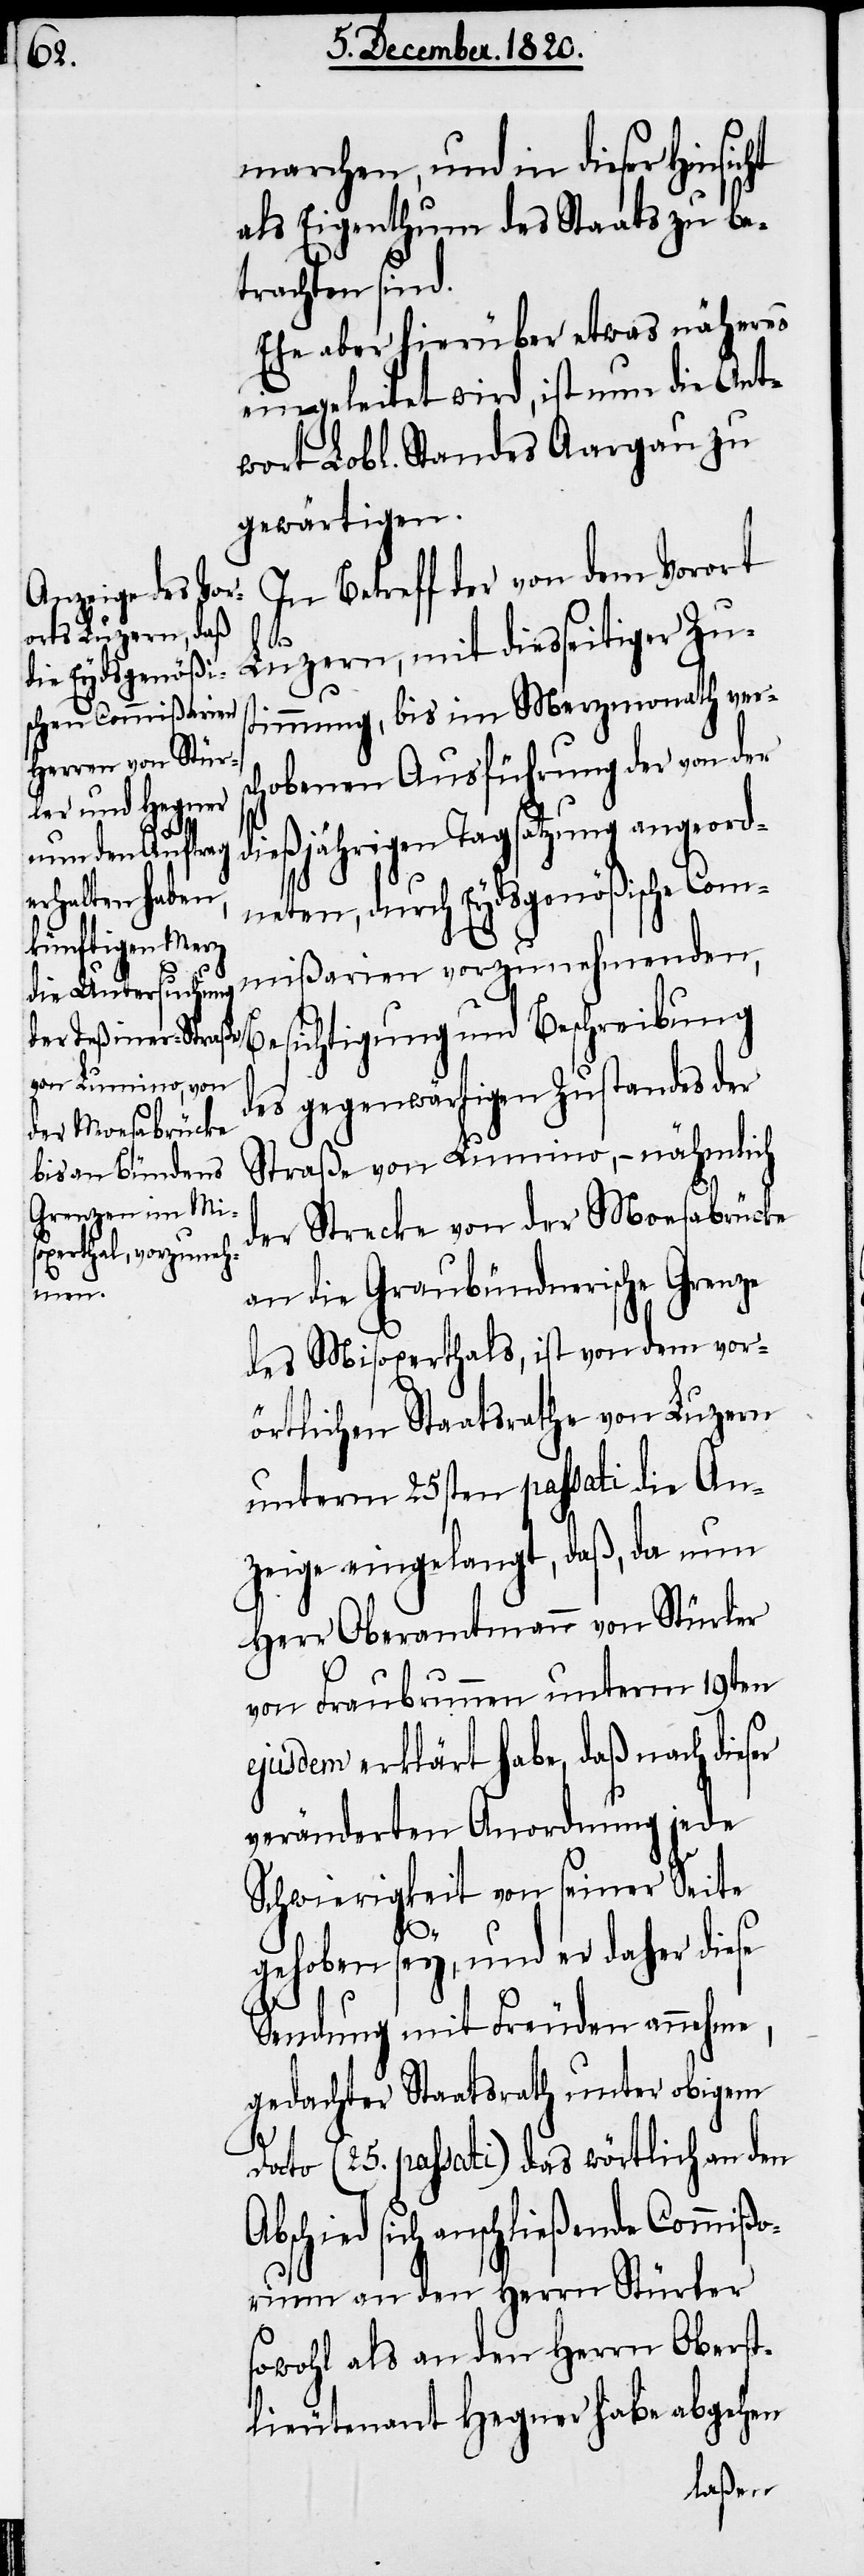
marchen, und in dieser Hinsicht
als Eigenthum des Staats zu be¬
trachten sind.
Ehe aber hierüber etwas näheres
eingeleitet wird, ist nun die Ant¬
wort Lobl. Standes Aargau zu
gewärtigen.
In Betreff von dem Vorort
orium
Luzern, mit diesseitiger Zus¬
timmung, bis im Merzmonath vers¬
chobenen Ausführung der von der
dießjährigen Tagsatzung angeord¬
neten, durch Eydsgenößischen Com¬
mißarien vorzunehmenden,
Besichtigung und Beschreibung
des gegenwärtigen Zustandes der
Straße von Lumino, – nähmlich
der Strecke von der Monsabrücke
an die Graubündnerische Grenze
des Misoxerthals, ist von dem vor¬
örtlichen Staatsrathe von Luzern
unterm 25sten passati die An¬
zeige eingelangt, daß, da nun
Herr Oberamtmann von Stürler
von Fraubrunnen unterm 19ten
ejusdem erklärt habe, daß nach dieser
veränderten Anordnung jede
Schwierigkeit von seiner Seite
gehoben sey, und er daher diese
Sendung mit Freuden annehme,
gedachter Staatsrath unter obigem
Dato (25. passati) das wörtlich an den
sich anschließende Commiß¬
an den Herrn Stürler
sowohl als an den Herrn Oberst¬
lieutenant Hegner habe abgehen